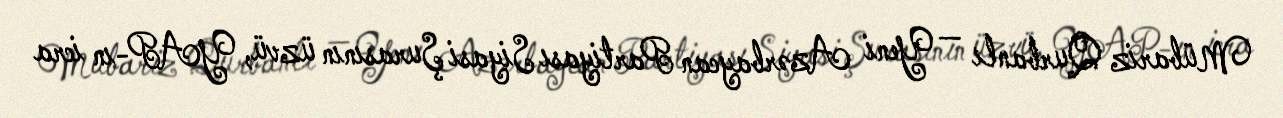
Mübariz Qurbanlı — Yeni Azərbaycan Partiyası Siyasi Şurasının üzvü, YAP-ın icra